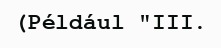
(Például "III.